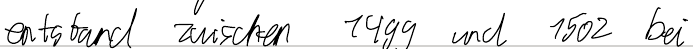
entstand zwischen 1499 und 1502 bei